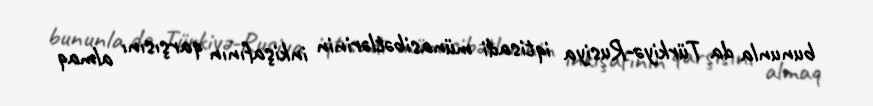
bununla da Türkiyə-Rusiya iqtisadi münasibətlərinin inkişafının qarşısını almaq